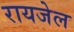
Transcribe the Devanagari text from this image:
रायजेल